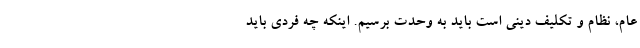
عام، نظام و تکلیف دینی است باید به وحدت برسیم. اینکه چه فردی باید